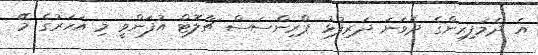
އެ ދެމަފިރިންގެ ދެވަނަ ދަރިފުޅު ޕްރިންސަސް ޗާލޮޓް އުފަންވީ މި އަހަރުގެ މޭ